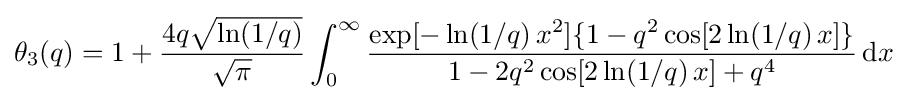
\theta _{3}(q)=1+{\frac {4q{\sqrt {\ln(1/q)}}}{\sqrt {\pi }}}\int _{0}^{\infty }{\frac {\exp[-\ln(1/q)\,x^{2}]\{1-q^{2}\cos[2\ln(1/q)\,x]\}}{1-2q^{2}\cos[2\ln(1/q)\,x]+q^{4}}}\,\mathrm {d} x